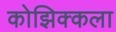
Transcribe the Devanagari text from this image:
कोझिक्कला